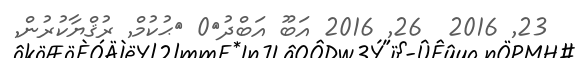
23